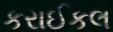
કરાઈકલ